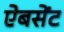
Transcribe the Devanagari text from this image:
ऐबसेंट